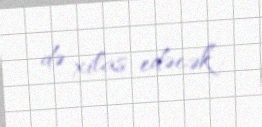
də xilas edəcək”.